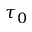
\tau _ { 0 }